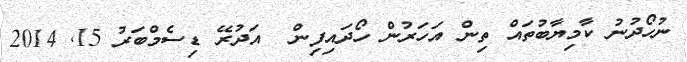
ނުހޯދުނު ކާމިޔާބުތައް ތިން އަހަރުން ހޯދައިފިން  އަދުރޭ ޑިސެމްބަރު 15